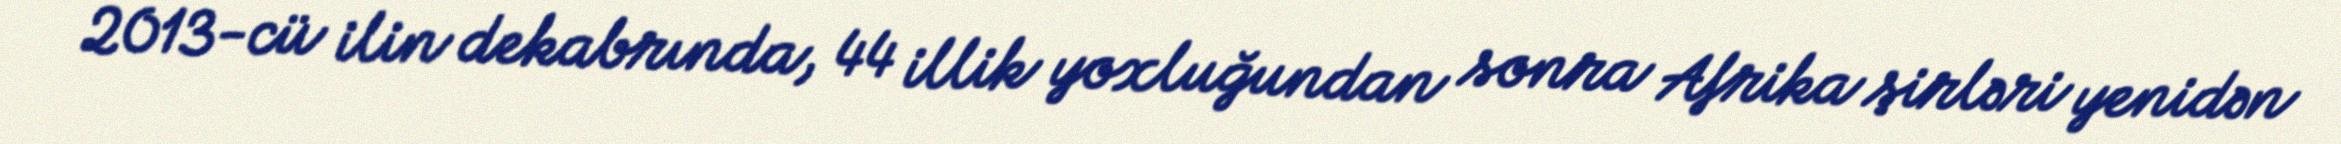
2013-cü ilin dekabrında, 44 illik yoxluğundan sonra Afrika şirləri yenidən